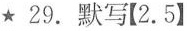
★29.默写【2.5】